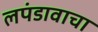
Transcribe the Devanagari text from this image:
लपंडावाचा